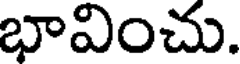
భావించు.